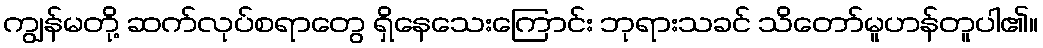
ကျွန်မတို့ ဆက်လုပ်စရာတွေ ရှိနေသေးကြောင်း ဘုရားသခင် သိတော်မူဟန်တူပါ၏။